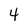
Character: 4